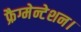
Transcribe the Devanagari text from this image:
फ्रैग्मेन्टेशन।